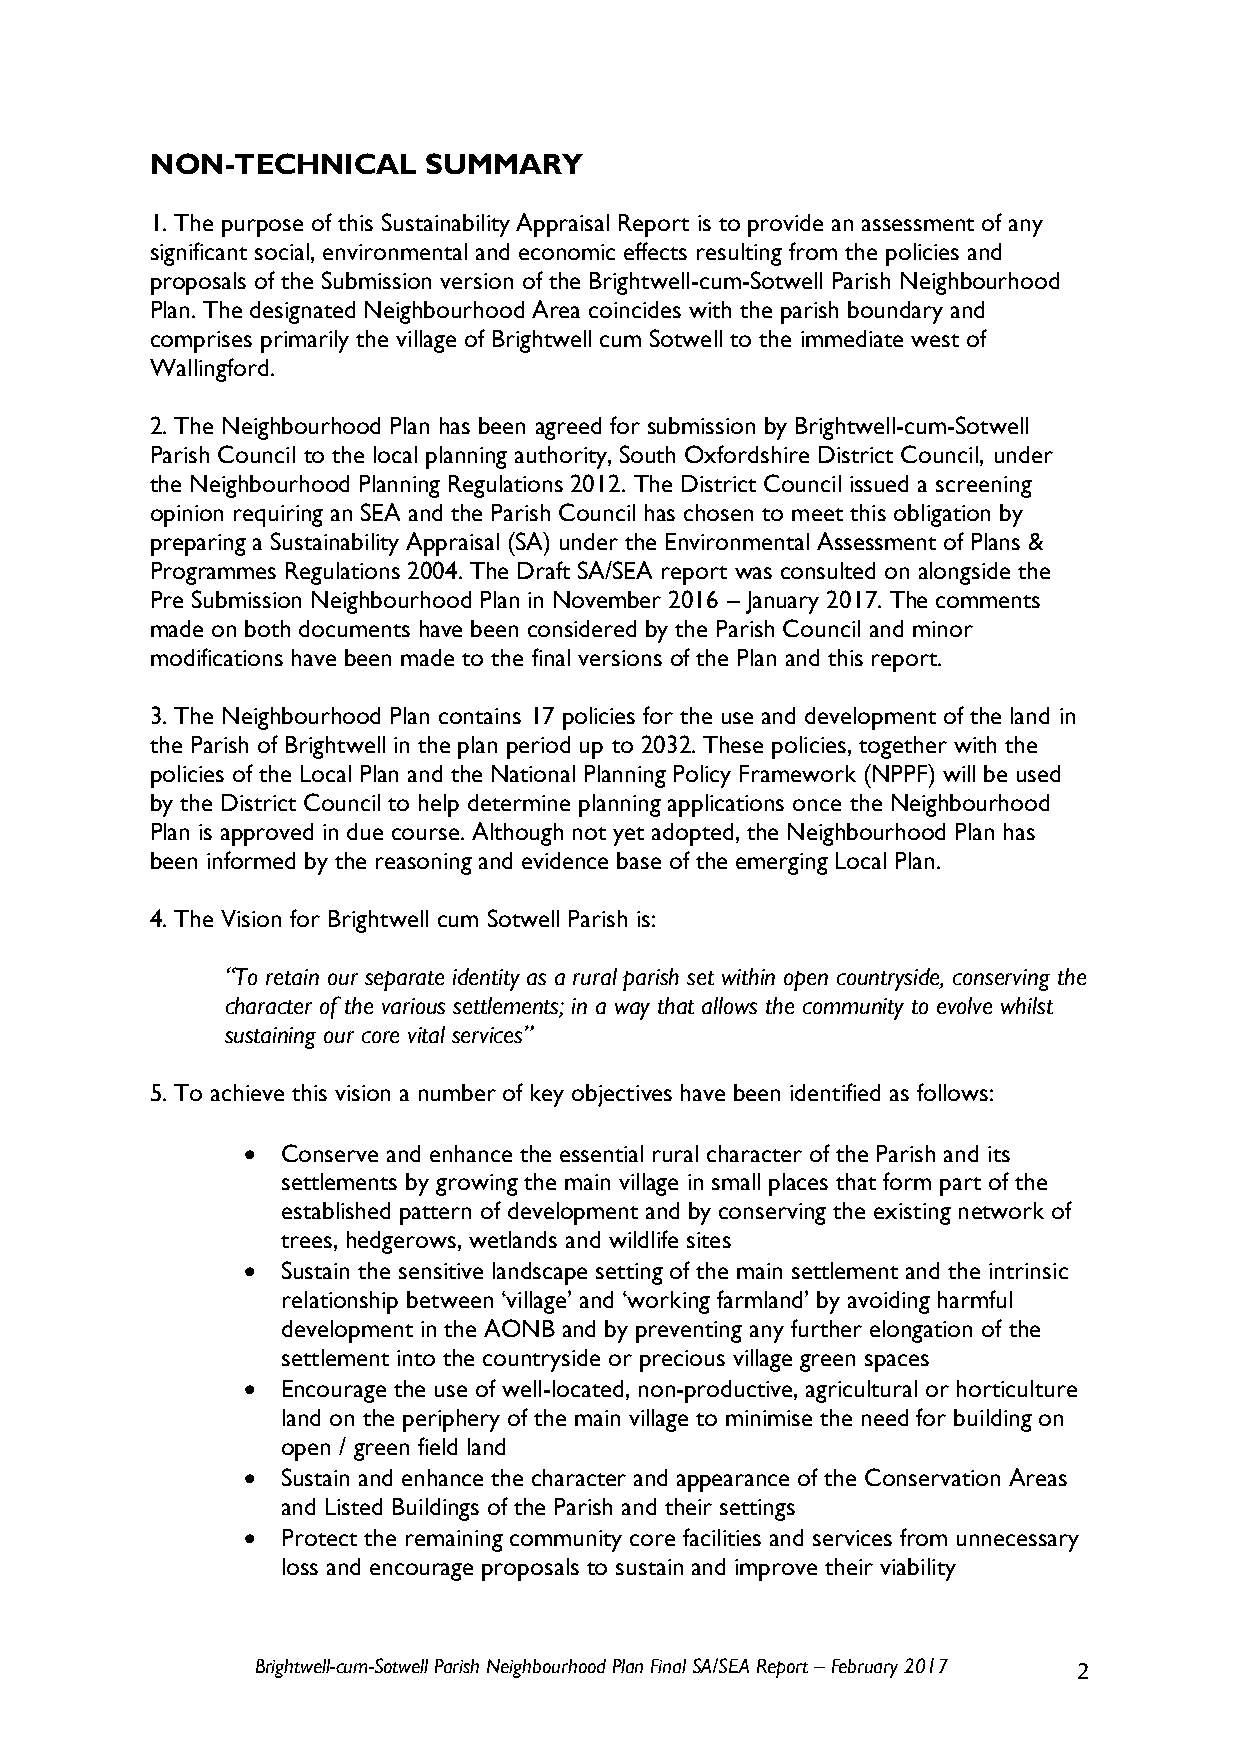
NON-TECHNICAL     SUMMARY
 1. The purpose of this Sustainability Appraisal Report is to provide an assessment of any
 significant social, environmental and economic effects resulting from the policies and
 proposals of the Submission version of the Brightwell-cum-Sotwell Parish Neighbourhood
 Plan. The designated Neighbourhood Area coincides with the parish boundary and
 comprises primarily the village of Brightwell cum Sotwell to the immediate west of
 Wallingford.
 2. The Neighbourhood Plan has been agreed for submission by Brightwell-cum-Sotwell
 Parish Council to the local planning authority, South Oxfordshire District Council, under
 the Neighbourhood Planning Regulations 2012. The District Council issued a screening
 opinion requiring an SEA and the Parish Council has chosen to meet this obligation by
 preparing a Sustainability Appraisal (SA) under the Environmental Assessment of Plans &
 Programmes Regulations 2004. The Draft SA/SEA report was consulted on alongside the
 Pre Submission Neighbourhood Plan in November 2016 – January 2017. The comments
 made on both documents have been considered by the Parish Council and minor
 modifications have been made to the final versions of the Plan and this report.
 3. The Neighbourhood Plan contains 17 policies for the use and development of the land in
 the Parish of Brightwell in the plan period up to 2032. These policies, together with the
 policies of the Local Plan and the National Planning Policy Framework (NPPF) will be used
 by the District Council to help determine planning applications once the Neighbourhood
 Plan is approved in due course. Although not yet adopted, the Neighbourhood Plan has
 been informed by the reasoning and evidence base of the emerging Local Plan.
 4. The Vision for Brightwell cum Sotwell Parish is:
 “To retain our separate identity as a rural parish set within open countryside, conserving the
 character of the various settlements; in a way that allows the community to evolve whilst
 sustaining our core vital services”
 5. To achieve this vision a number of key objectives have been identified as follows:
   Conserve and enhance the essential rural character of the Parish and its
 settlements by growing the main village in small places that form part of the
 established pattern of development and by conserving the existing network of
 trees, hedgerows, wetlands and wildlife sites
   Sustain the sensitive landscape setting of the main settlement and the intrinsic
 relationship between ‘village’ and ‘working farmland’ by avoiding harmful
 development in the AONB and by preventing any further elongation of the
 settlement into the countryside or precious village green spaces
   Encourage the use of well-located, non-productive, agricultural or horticulture
 land on the periphery of the main village to minimise the need for building on
 open / green field land
   Sustain and enhance the character and appearance of the Conservation Areas
 and Listed Buildings of the Parish and their settings
   Protect the remaining community core facilities and services from unnecessary
 loss and encourage proposals to sustain and improve their viability
 Brightwell-cum-Sotwell Parish Neighbourhood Plan Final SA/SEA Report – February 2017 2